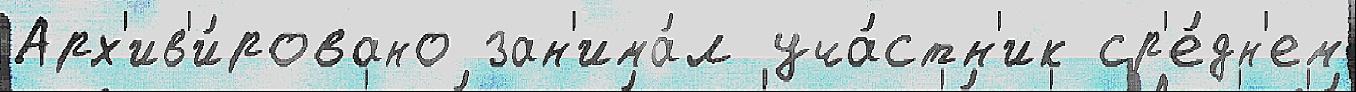
Арх'ив'и́ровано зан'има́л уча́стн'ик ср'е́дн'ем